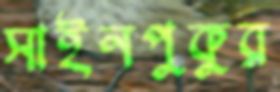
সাইনপুকুর